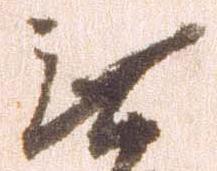
無